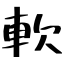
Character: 軟